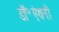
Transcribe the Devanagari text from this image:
डॉ॰एंथनी